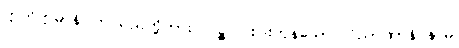
ဣတိဣမာနိ၊ ဤသည်တို့ကား။ ပဉ္စ၊ ငါးပါးကုန်သော။ ဝိညာဏာနိ နာမ၊